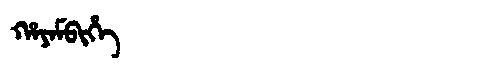
Manchu: ᡥᠠᠶᠠᠮᠪᡳᡥᡝ
Romanization: HAYAMBIHE